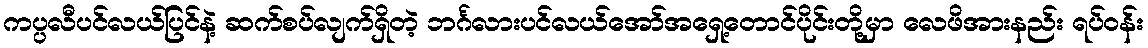
ကပ္ပလီပင်လယ်ပြင်နဲ့ ဆက်စပ်လျက်ရှိတဲ့ ဘင်္ဂလားပင်လယ်အော်အရှေ့တောင်ပိုင်းတို့မှာ လေဖိအားနည်း ရပ်ဝန်း